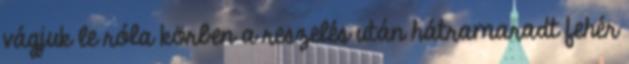
vágjuk le róla körben a reszelés után hátramaradt fehér